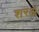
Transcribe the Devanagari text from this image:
शरअ